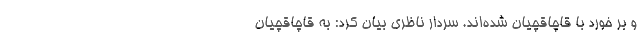
و بر خورد با قاچاقچیان شده‌اند. سردار ناظری بیان کرد: به قاچاقچیان